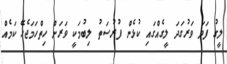
ލީގު ފަދަ ވަރުގަދަ ލީގެއްގައި ކުޅެން ފުރުސަތު ލިބުމަކީ ވަރަށް ހިތްހަމަޖެހޭ ކަމެއް